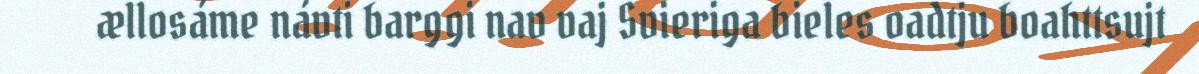
ællosáme návti barggi nav vaj Svieriga bieles oadtju boahttsujt